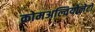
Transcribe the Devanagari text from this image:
क्रोमअल्वियोलेटों